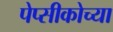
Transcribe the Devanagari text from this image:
पेप्सीकोच्या